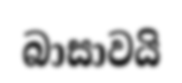
බාසාවයි